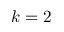
k = 2